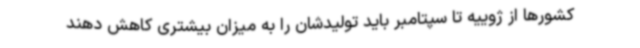
کشورها از ژوییه تا سپتامبر باید تولیدشان را به میزان بیشتری کاهش دهند